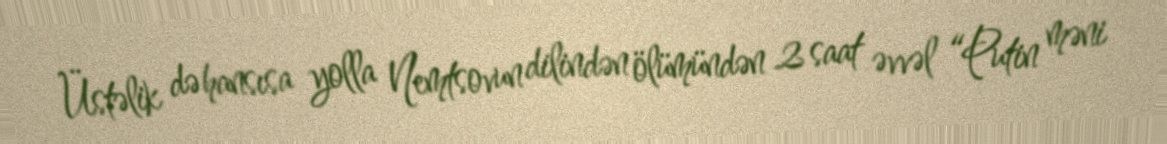
Üstəlik də hansısa yolla Nemtsovun dilindən ölümündən 2 saat əvvəl “Putin məni